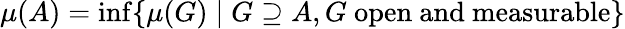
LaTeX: \mu(A)=\operatorname*{inf}\{ \mu(G)\mid G\supseteq A,G{\mathrm{~open~and~measurable}}\}